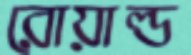
রোয়াল্ড